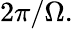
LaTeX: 2\pi/\Omega.